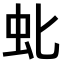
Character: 𫊤